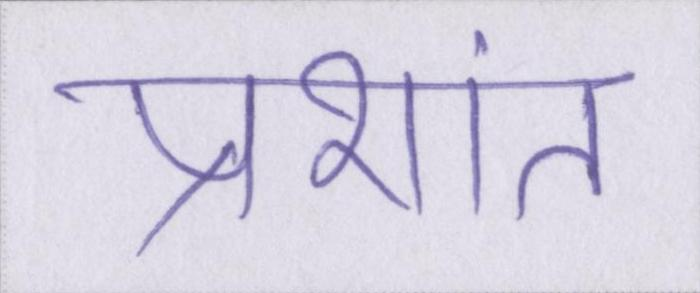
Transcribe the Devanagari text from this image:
प्रशांत